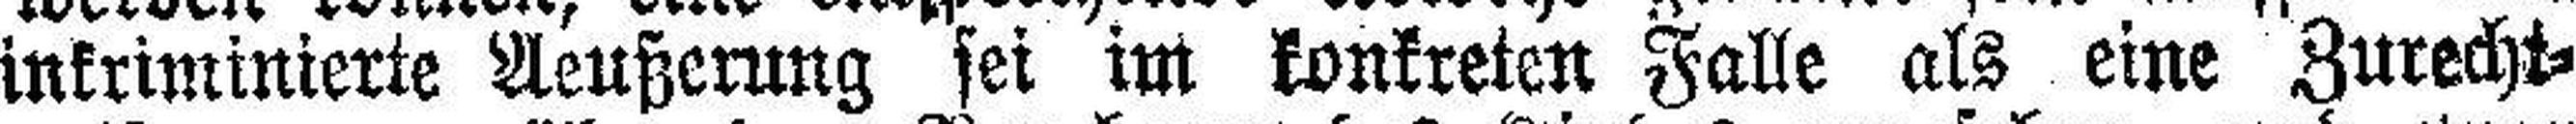
inkriminierte Aeußerung sei im konkreten Falle als eine Zurecht¬